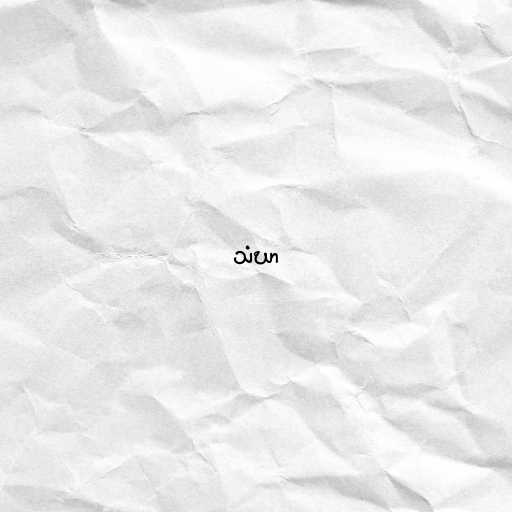
သံဃာ